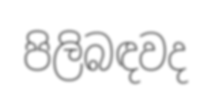
පිලිබඳවද